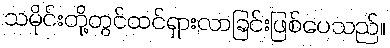
သမိုင်းတို့တွင်ထင်ရှားလာခြင်းဖြစ်ပေသည်။